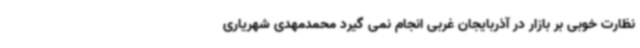
نظارت خوبی بر بازار در آذربایجان غربی انجام نمی گیرد محمدمهدی شهریاری